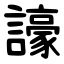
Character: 譹